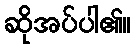
ဆိုအပ်ပါ၏။